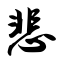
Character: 悲